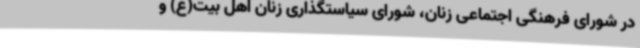
در شورای فرهنگی اجتماعی زنان، شورای سیاستگذاری زنان اهل بیت‌(ع) و